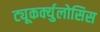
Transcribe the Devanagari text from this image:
ट्यूकर्क्युलोसिस